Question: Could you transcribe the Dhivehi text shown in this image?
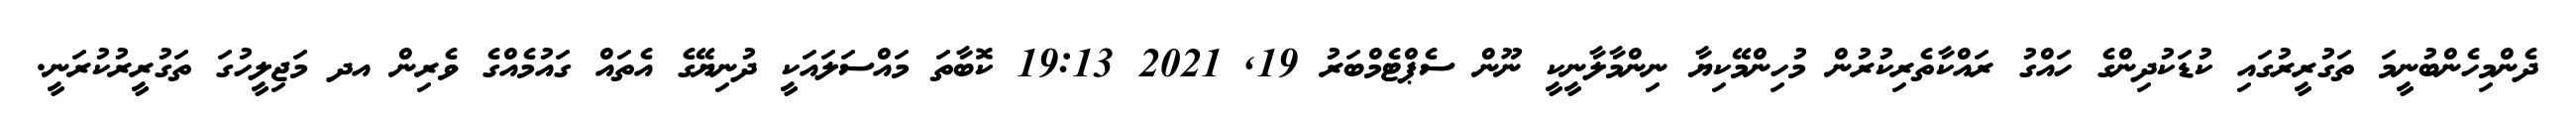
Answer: ދެންމިހެންބުނީމަ ތަގުރީރުގައި ކުޑަކުދިންގެ ހައްގު ރައްކާތެރިކުރުން މުހިންމޭކިޔާ ނިންމާލާނީކީ ނޫން ސެޕްޓެމްބަރު 19, 2021 19:13 ކޮބާތަ މައްސަލައަކީ ދުނިޔޭގެ އެތައް ގައުމެއްގެ ވެރިން އދ މަޖިލީހުގަ ތަގުރީރުކުރަނީ.